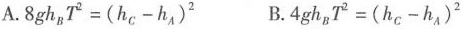
A.$$8gh_{B}T^{2}=(h_{C}-h_{A})^{2}$$ B.4gh_{B}T^{2}=(h_{C}-h_{A})^{2}$$